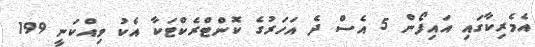
އެމެރިކާގައި އައިފޯން 5 އެސް ދެ އަހަރުގެ ކޮންޓްރެކްޓަކާ އެކު ވިއްކަނީ 199